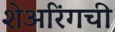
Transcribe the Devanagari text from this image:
शेअरिंगची